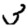
Digit: 3